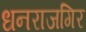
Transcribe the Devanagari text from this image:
धनराजगिर